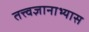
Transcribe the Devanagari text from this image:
तत्त्वज्ञानाभ्यास